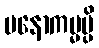
မနောကမ္မမ္ပိ